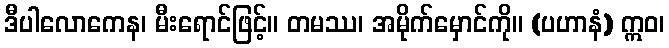
ဒီပါလောကေန၊ မီးရောင်ဖြင့်။ တမဿ၊ အမိုက်မှောင်ကို။ (ပဟာနံ) ဣဝ၊